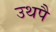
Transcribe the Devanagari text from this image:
उथपै